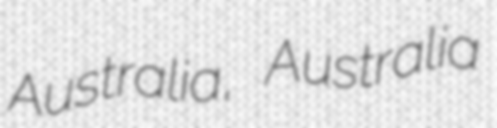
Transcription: Australia, Australia